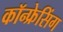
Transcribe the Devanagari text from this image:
कॉन्फ्रेसिंग